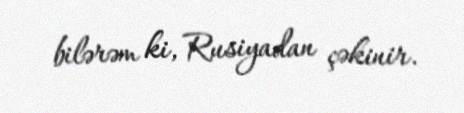
bilərəm ki, Rusiyadan çəkinir.